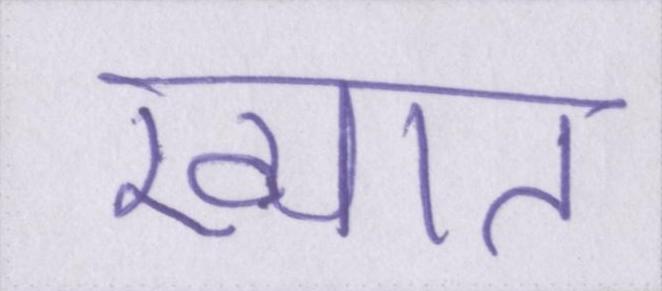
ख्यात